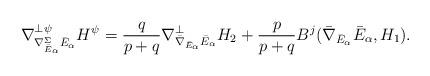
LaTeX: \begin{align*}\nabla^{\perp\psi}_{\nabla^{\Sigma}_{\bar E_{\alpha}}\bar E_{\alpha}}H^{\psi}=\frac{q}{p+q}\nabla^{\perp}_{\bar\nabla_{\bar E_{\alpha}}\bar E_{\alpha}}H_2+\frac{p}{p+q}B^j(\bar\nabla_{\bar E_{\alpha}}\bar E_{\alpha},H_1).\end{align*}